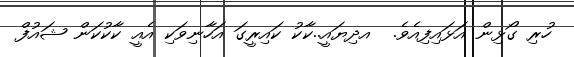
ހުރި ގޯޅިން އަޅައިފިއެވެ.  އދިޔައީ..ކާކު ކައިރީގަ އަހާނިވަކި އެއީ ކާކުކަން ޝައުފް